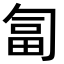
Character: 匐